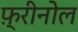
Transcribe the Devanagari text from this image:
फ़्रीनोल